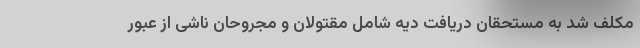
مکلف شد به مستحقان دریافت دیه شامل مقتولان و مجروحان ناشی از عبور